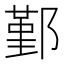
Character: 鄞